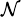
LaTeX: _{\cal N}